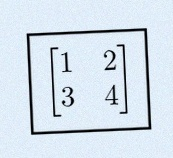
\begin{bmatrix}1&2\\3&4\end{bmatrix}